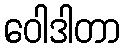
ဝေါဒါတာ